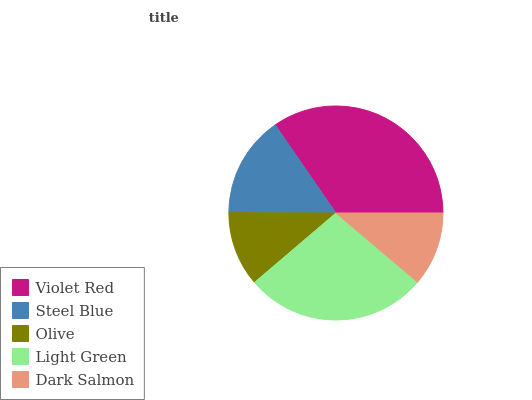
| Violet Red | Steel Blue | Olive | Light Green | Dark Salmon |
 | --- | --- | --- | --- | --- |
 | 34.6% | 15.4% | 11.3% | 27.6% | 11.2% |